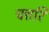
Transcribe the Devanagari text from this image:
चत्तरि